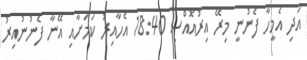
އަދި އެމީހާ ފެނުނީ މިރޭ އިރުއޮއްސި 18:40 އެހާއިރު ކަމަށާއި އޭނާ ފެނުނުއިރު